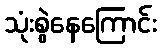
သုံးစွဲနေကြောင်း